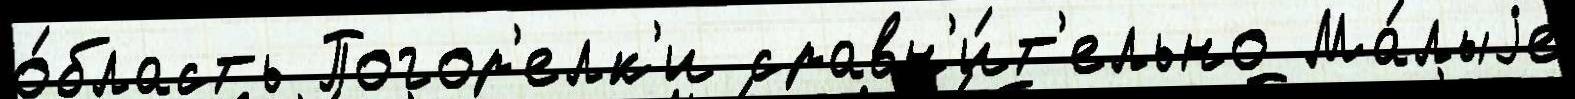
о́бласть Погор'елк'и сравн'и́т'ельно Ма́лыjе